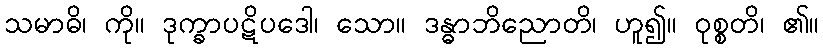
သမာဓိ၊ ကို။ ဒုက္ခာပဋိပဒေါ၊ သော။ ဒန္ဓာဘိညောတိ၊ ဟူ၍။ ဝုစ္စတိ၊ ၏။